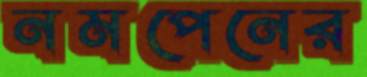
নমপেনের